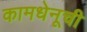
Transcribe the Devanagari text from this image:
कामधेनूची